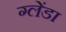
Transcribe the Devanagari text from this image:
ग्लेंडा